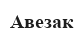
Авезак